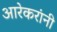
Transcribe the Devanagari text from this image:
आरेकरांनी